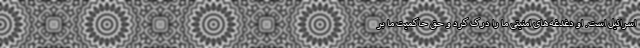
اسرائیل است. او دغدغه‌های امنیتی ما را درک کرد و حق حاکمیت ما بر